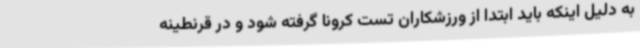
به دلیل اینکه باید ابتدا از ورزشکاران تست کرونا گرفته شود و در قرنطینه